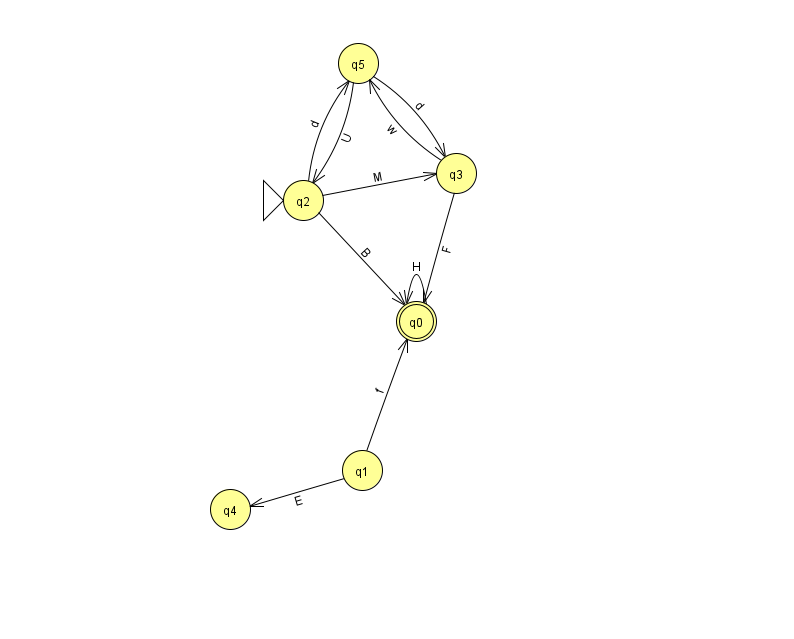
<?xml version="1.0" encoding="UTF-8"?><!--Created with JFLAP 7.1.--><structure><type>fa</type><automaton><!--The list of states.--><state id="0" name="q0"><x>416.0</x><y>308.0</y><final/></state><state id="1" name="q1"><x>362.0</x><y>457.0</y></state><state id="2" name="q2"><x>303.0</x><y>187.0</y><initial/></state><state id="3" name="q3"><x>456.0</x><y>160.0</y></state><state id="4" name="q4"><x>230.0</x><y>496.0</y></state><state id="5" name="q5"><x>358.0</x><y>50.0</y></state><!--The list of transitions.--><transition><from>2</from><to>3</to><read>M</read></transition><transition><from>3</from><to>0</to><read>F</read></transition><transition><from>5</from><to>3</to><read>d</read></transition><transition><from>3</from><to>5</to><read>w</read></transition><transition><from>0</from><to>0</to><read>H</read></transition><transition><from>2</from><to>0</to><read>B</read></transition><transition><from>1</from><to>4</to><read>E</read></transition><transition><from>2</from><to>5</to><read>d</read></transition><transition><from>5</from><to>2</to><read>U</read></transition><transition><from>1</from><to>0</to><read>f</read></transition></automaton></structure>